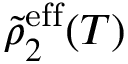
\tilde { \rho } _ { 2 } ^ { \mathrm { e f f } } ( T )